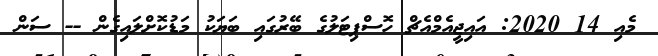
މެއި 14 2020: އައިޖީއެމްއެޗް ހޮސްޕިޓަލުގެ ބޭރުގައި ބަޔަކު މަޑުކޮށްލައިގެން -- ސަން